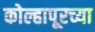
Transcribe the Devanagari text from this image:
कोल्हापूरच्‍या